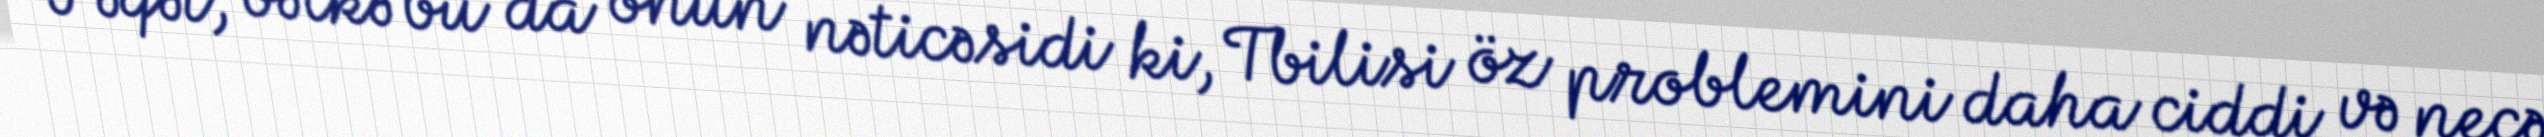
Fəqət, bəlkə bu da onun nəticəsidi ki, Tbilisi öz problemini daha ciddi və necə